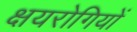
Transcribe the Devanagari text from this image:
क्षयरोगियों